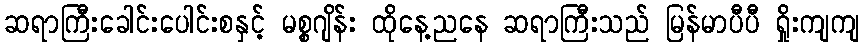
ဆရာကြီးခေါင်းပေါင်းစနှင့် မစ္စဂျိန်း ထိုနေ့ညနေ ဆရာကြီးသည် မြန်မာပီပီ ရှိုးကျကျ